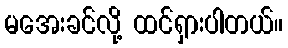
မအေးခင်လို့ ထင်ရှားပါတယ်။